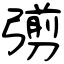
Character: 彅